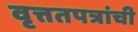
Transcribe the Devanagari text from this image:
वृत्ततपत्रांची